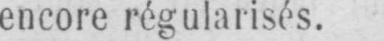
encore régularisés.